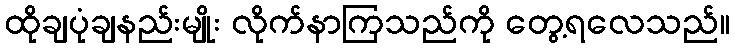
ထိုချပုံချနည်းမျိုး လိုက်နာကြသည်ကို တွေ့ရလေသည်။